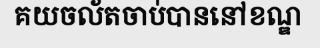
គយចល័តចាប់បាននៅខណ្ឌ